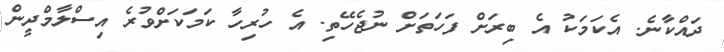
ދައްކާނެ. އެކަމަކު އެ ބިރަށް ފަހަތަށް ނުޖެހޭތި. އެ ހުރިހާ ކަމަކަށްވުރެ އިސްލާމްދީން